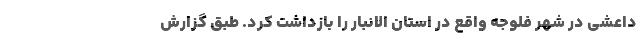
داعشی در شهر فلوجه واقع در استان الانبار را بازداشت کرد. طبق گزارش